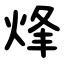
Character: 烽